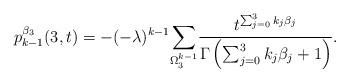
LaTeX: \begin{align*}p^{\beta_3}_{k-1}(3,t)=-(-\lambda)^{k-1}\underset{\Omega^{k-1}_{3}}{\sum}\frac{t^{\sum_{j=0}^3k_j\beta_j}}{\Gamma\left(\sum_{j=0}^3k_j\beta_j+1\right)}.\end{align*}